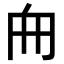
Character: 𠂥